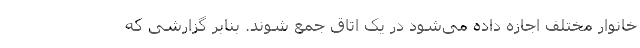
خانوار مختلف اجازه داده می‌شود در یک اتاق جمع شوند. بنابر گزارشی که